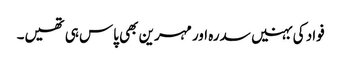
فواد کی بہنیں سدرہ اور مہرین بھی پاس ہی تھیں۔